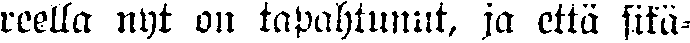
reella nyt on tapahtunut, ja että sikä-